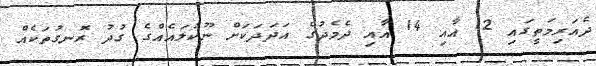
ދެއަރިމަތީގައި 12 އާއި 14 އާއި ދެމެދުގެ އަދަދަކަށް ނޫކުލައެއްގެ ގުދު ރޮނގުތަކެއް